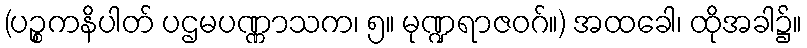
(ပဉ္စကနိပါတ် ပဌမပဏ္ဏာသက၊ ၅။ မုဏ္ဍရာဇဝဂ်။) အထခေါ၊ ထိုအခါ၌။